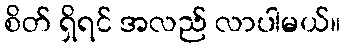
စိတ် ရှိရင် အလည် လာပါမယ်။